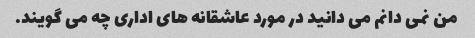
من نمی دانم می دانید در مورد عاشقانه های اداری چه می گویند.